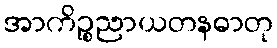
အာကိဉ္စညာယတနဓာတု